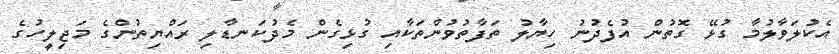
އެކުލަވާލުމާ ގުޅޭ ގޮތުން އުފެދުނު ހިޔާލު ތަފާތުވުންތަކާއި ގުޅިގެން މެދުކަނޑާލި ރައްޔިތުންގެ މަޖިލީހުގެ